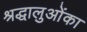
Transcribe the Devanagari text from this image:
श्रद्धालुओंका